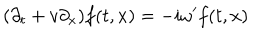
LaTeX: ( \partial _ { t } + v \partial _ { x } ) f ( t , x ) = - i \omega ^ { \prime } f ( t , x )